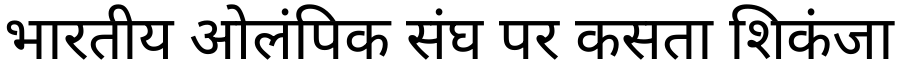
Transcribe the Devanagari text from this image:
भारतीय ओलंपिक संघ पर कसता शिकंजा